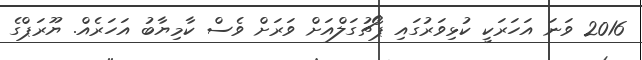
2016 ވަނަ އަހަރަކީ ކުޅިވަރުގައި ޕޯޗުގަލްއަށް ވަރަށް ވެސް ކާމިޔާބު އަހަރެއް. ޔޫރަޕްގެ